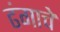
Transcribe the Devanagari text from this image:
ढंगाचे